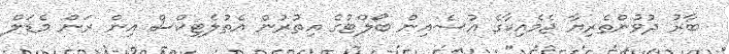
ބާރު ދުވުންތެރިޔާ ޖެމެއިކާގެ އުސެއިން ބޯލްޓުގެ އިތުރުން އެތުލެޓިކްސް އިން ރަން މެޑަލް